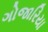
ગોજારિયા